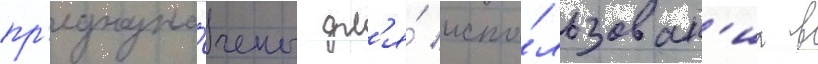
пр'едназна́чены дл'я́ испо́льзован'иа в